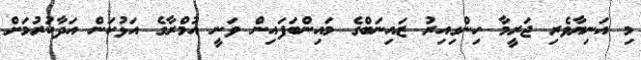
މި އަނިޔާވެރި ޖަރީމާ ހިންގިއިރު ޒައިނަބްގެ މައިންބަފައިން ވަނީ އުމްރާގެ އަޅުކަން އަދާކުރުމަށް